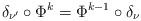
LaTeX: \begin{align*} \delta_{\nu^\prime}\circ\Phi^k= \Phi^{k-1}\circ\delta_\nu\end{align*}